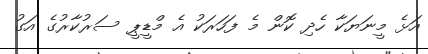
އަޅެ މީނަޔަކާ ހެދި ކޮން މެ ފަހަރަކު އެ މްޑީޕީ ސަރުކާރުގެ އަގު